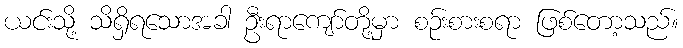
ယင်းသို့ သိရှိရသောအခါ ဦးရာကျော်တို့မှာ စဉ်းစားစရာ ဖြစ်တော့သည်။